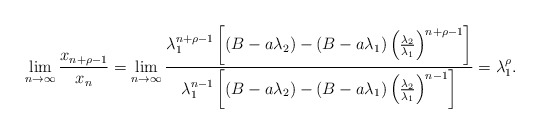
\begin{align*}\lim_{n \rightarrow \infty} \frac{x_{n+\rho-1}}{x_n}= \lim_{n \rightarrow \infty}\frac{\lambda_1^{n+\rho-1}\left[\left(B-a\lambda_2\right)-\left(B-a\lambda_1\right)\left(\frac{\lambda_2}{\lambda_1}\right)^{n+\rho-1}\right]}{\lambda_1^{n-1}\left[\left(B-a\lambda_2\right)-\left(B-a\lambda_1\right)\left(\frac{\lambda_2}{\lambda_1}\right)^{n-1}\right]}= \lambda_1^{\rho}.\end{align*}